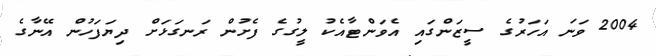
2004 ވަނަ އަހަރުގެ ސީޒަންގައި އެވަންޓާއެކު ލީގުގެ ފެށުން ރަނގަޅަށް ދިޔަފަހުން އޭނާގެ